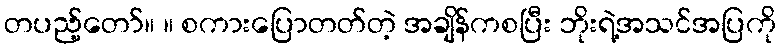
တပည့်တော်။ ။ စကားပြောတတ်တဲ့ အချိန်ကစပြီး ဘိုးရဲ့အသင်အပြကို